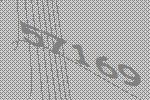
57169